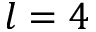
l = 4